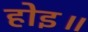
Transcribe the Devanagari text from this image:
होइ॥